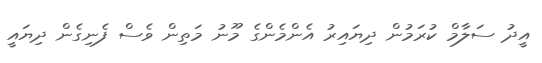
އީދު ސަލާމް ކުރަމުން ދިޔައިރު އެންމެންގެ މޫނު މަތިން ވެސް ފެނިގެން ދިޔައީ